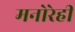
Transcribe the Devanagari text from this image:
मनोरेही